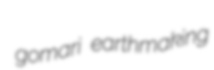
gomari earthmaking